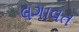
લગાવત